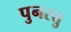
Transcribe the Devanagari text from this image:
पुनस्तु